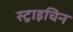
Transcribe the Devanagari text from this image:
स्ट्राइचिन